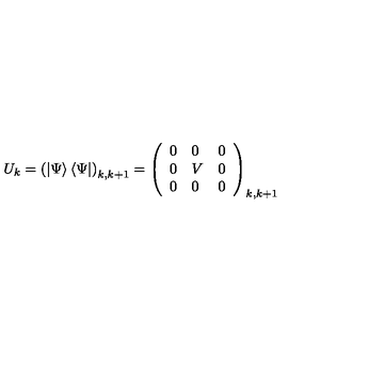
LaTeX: U _ { k } = \left( \left| \Psi \right\rangle \left\langle \Psi \right| \right) _ { k , k + 1 } = \left( \begin{array} { l l l } { 0 } & { 0 } & { 0 } \\ { 0 } & { V } & { 0 } \\ { 0 } & { 0 } & { 0 } \\ \end{array} \right) _ { k , k + 1 }